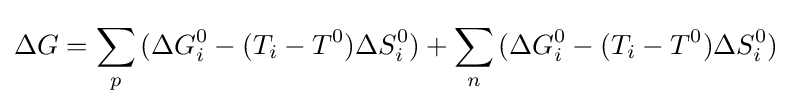
\Delta G=\sum _{p}^{}{(\Delta G_{i}^{0}-(T_{i}-T^{0})\Delta S_{i}^{0})}+\sum _{n}^{}{(\Delta G_{i}^{0}-(T_{i}-T^{0})\Delta S_{i}^{0})}